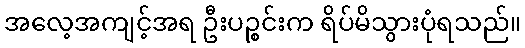
အလေ့အကျင့်အရ ဦးပဉ္စင်းက ရိပ်မိသွားပုံရသည်။